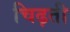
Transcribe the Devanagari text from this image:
चिढ़ती